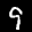
Label: 9